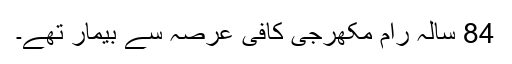
84 سالہ رام مکھرجی کافی عرصہ سے بیمار تھے۔